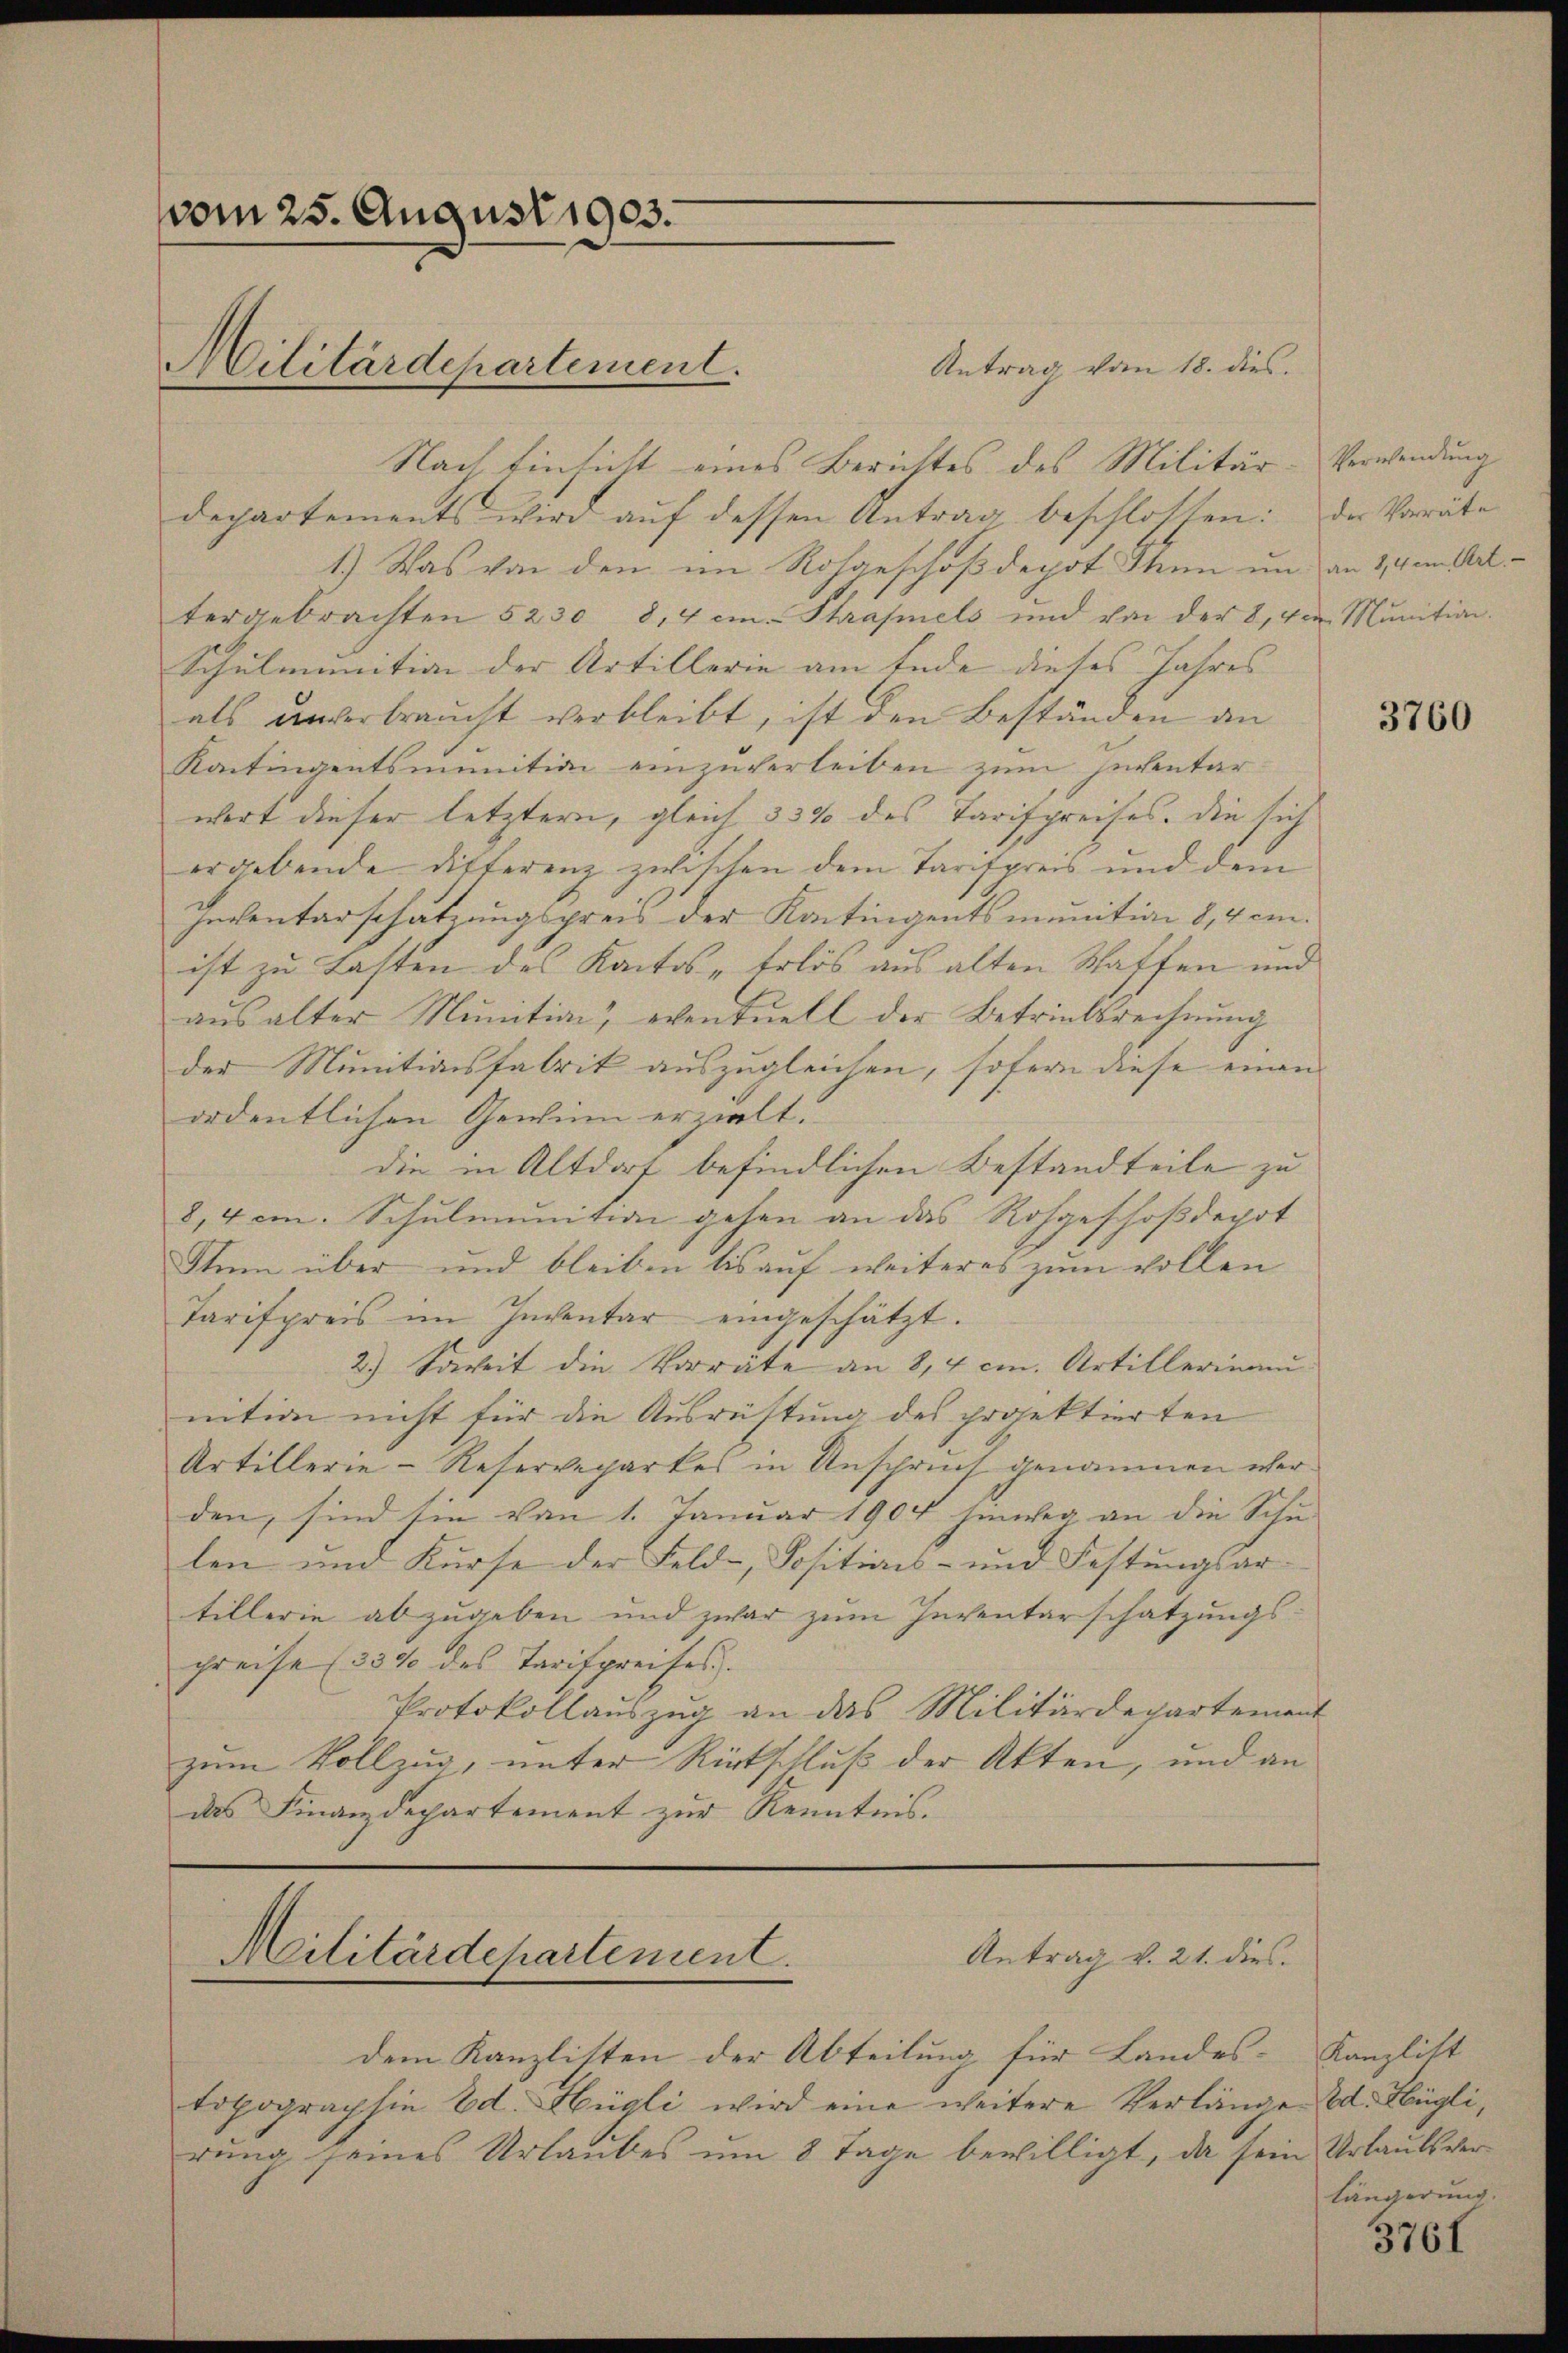
vom 25. August 1903.
Militärdepartement.

Antrag vom 18. dies
Nach Einsicht eines Berichtes des Militär-Verwendung
departements wird aŭf dessen Antrag beschlossen: Der Vorräte
1.) Was von den im Rohgeschößdepot Thun um an 14 am Art.
tergebrachten 5230 8,4 in Phrasels und von der 8, von Munition.
Schulmunition der Artillerie am Ende dieses Jahres
als unverbraucht verbleibt, ist den Beständen an
Kontingentsmunition einzuverleiben zum Inventarwort dieser letztern, gleich 33% des Tarifpreises. Die sich
ergebende Differenz zwischen dem Tarifpreis und dem
Inventarschätzungspreis der Kontingentsmunition 8,4 cm.
ist zu Lasten des Kantos „Erlös aus alten Waffen und
aŭs alter Munition, eventuell der Betriebsrechnŭng
der Munitionsfabrik auszugleichen, sofern diese einen
ordentlichen Gewinn erzielt.
die in Altdorf befindlichen Bestandteile zu
8,4 cm. Schulmunition gehen an das Rohgeschoßdepot
Stum über und bleiben bis aŭf weiteres zŭm vollen
Tarifpreis im Inventar eingeschätzt.
2.) Soweit die Vorräte an 8,4 cm. Artillerina
mtion nicht für die Ausrüstung des projektierten
Artillerie-Reservegartes in Anspruch genommen werden, sind sie von 1. Januar 1904 hinweg an die Schu-
len und Kŭrse der Feld-, Positions- und Festŭngsar-
tillerie abzugeben und zwar zum Inventarschatzungs-
preise (334 des Tarifpreises
Protokollauszug an das Militärdepartement
zum Vollzug, unter Rückschluß der Akten, und an
das Finanzdepartement zŭr Kenntnis.

Antrag v. 21. dies
Militärdepartement.

dem Kanzlisten der Abteilung für Landes-
topographie Ed. Hügli wird eine weitere Verlänge od. Fügli,
rung seines Urlaubes um 8 Tage bewilligt, da sein Urlaubs ver¬

3760

Kanzlist
längerung.

3761